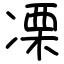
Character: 凓